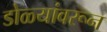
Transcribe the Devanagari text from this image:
डोळ्यांवरून